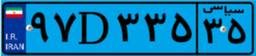
۸۸D۰۴۰۱۵